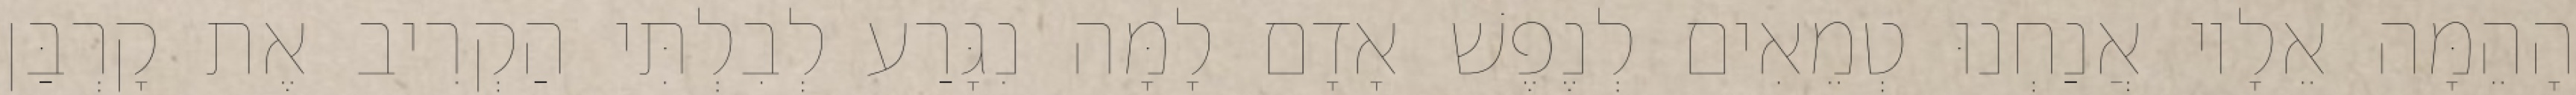
הָהֵמָּה אֵלָיו אֲנַחְנוּ טְמֵאִים לְנֶפֶשׁ אָדָם לָמָּה נִגָּרַע לְבִלְתִּי הַקְרִיב אֶת קָרְבַּן